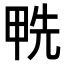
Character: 𠒛